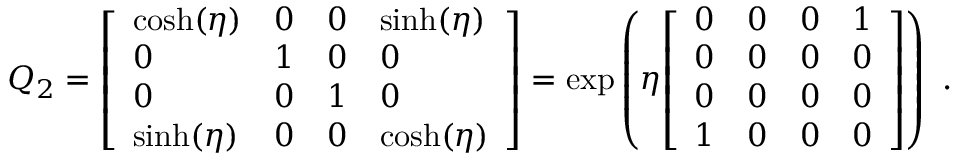
Q _ { 2 } = { \left[ \begin{array} { l l l l } { \cosh ( \eta ) } & { 0 } & { 0 } & { \sinh ( \eta ) } \\ { 0 } & { 1 } & { 0 } & { 0 } \\ { 0 } & { 0 } & { 1 } & { 0 } \\ { \sinh ( \eta ) } & { 0 } & { 0 } & { \cosh ( \eta ) } \end{array} \right] } = \exp \left( \eta { \left[ \begin{array} { l l l l } { 0 } & { 0 } & { 0 } & { 1 } \\ { 0 } & { 0 } & { 0 } & { 0 } \\ { 0 } & { 0 } & { 0 } & { 0 } \\ { 1 } & { 0 } & { 0 } & { 0 } \end{array} \right] } \right) ~ .